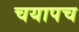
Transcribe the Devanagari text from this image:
चयापच